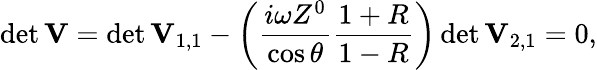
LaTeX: \operatorname*{det}\mathbf{V}=\operatorname*{det}\mathbf{V}_{1,1}-\left(\frac{i\omega Z^{0}}{\cos\theta}\frac{1+R}{1-R}\right)\operatorname*{det}\mathbf{V}_{2,1}=0,